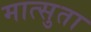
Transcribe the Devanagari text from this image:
मात्सुता